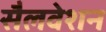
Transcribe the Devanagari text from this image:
सैलवेशन